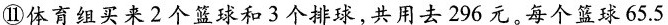
⑪体育组买来2个篮球和3个排球，共用去296元。每个篮球65.5